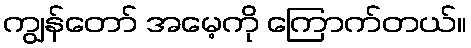
ကျွန်တော် အမေ့ကို ကြောက်တယ်။